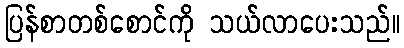
ပြန်စာတစ်စောင်ကို သယ်လာပေးသည်။